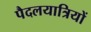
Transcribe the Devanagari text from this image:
पैदलयात्रियों